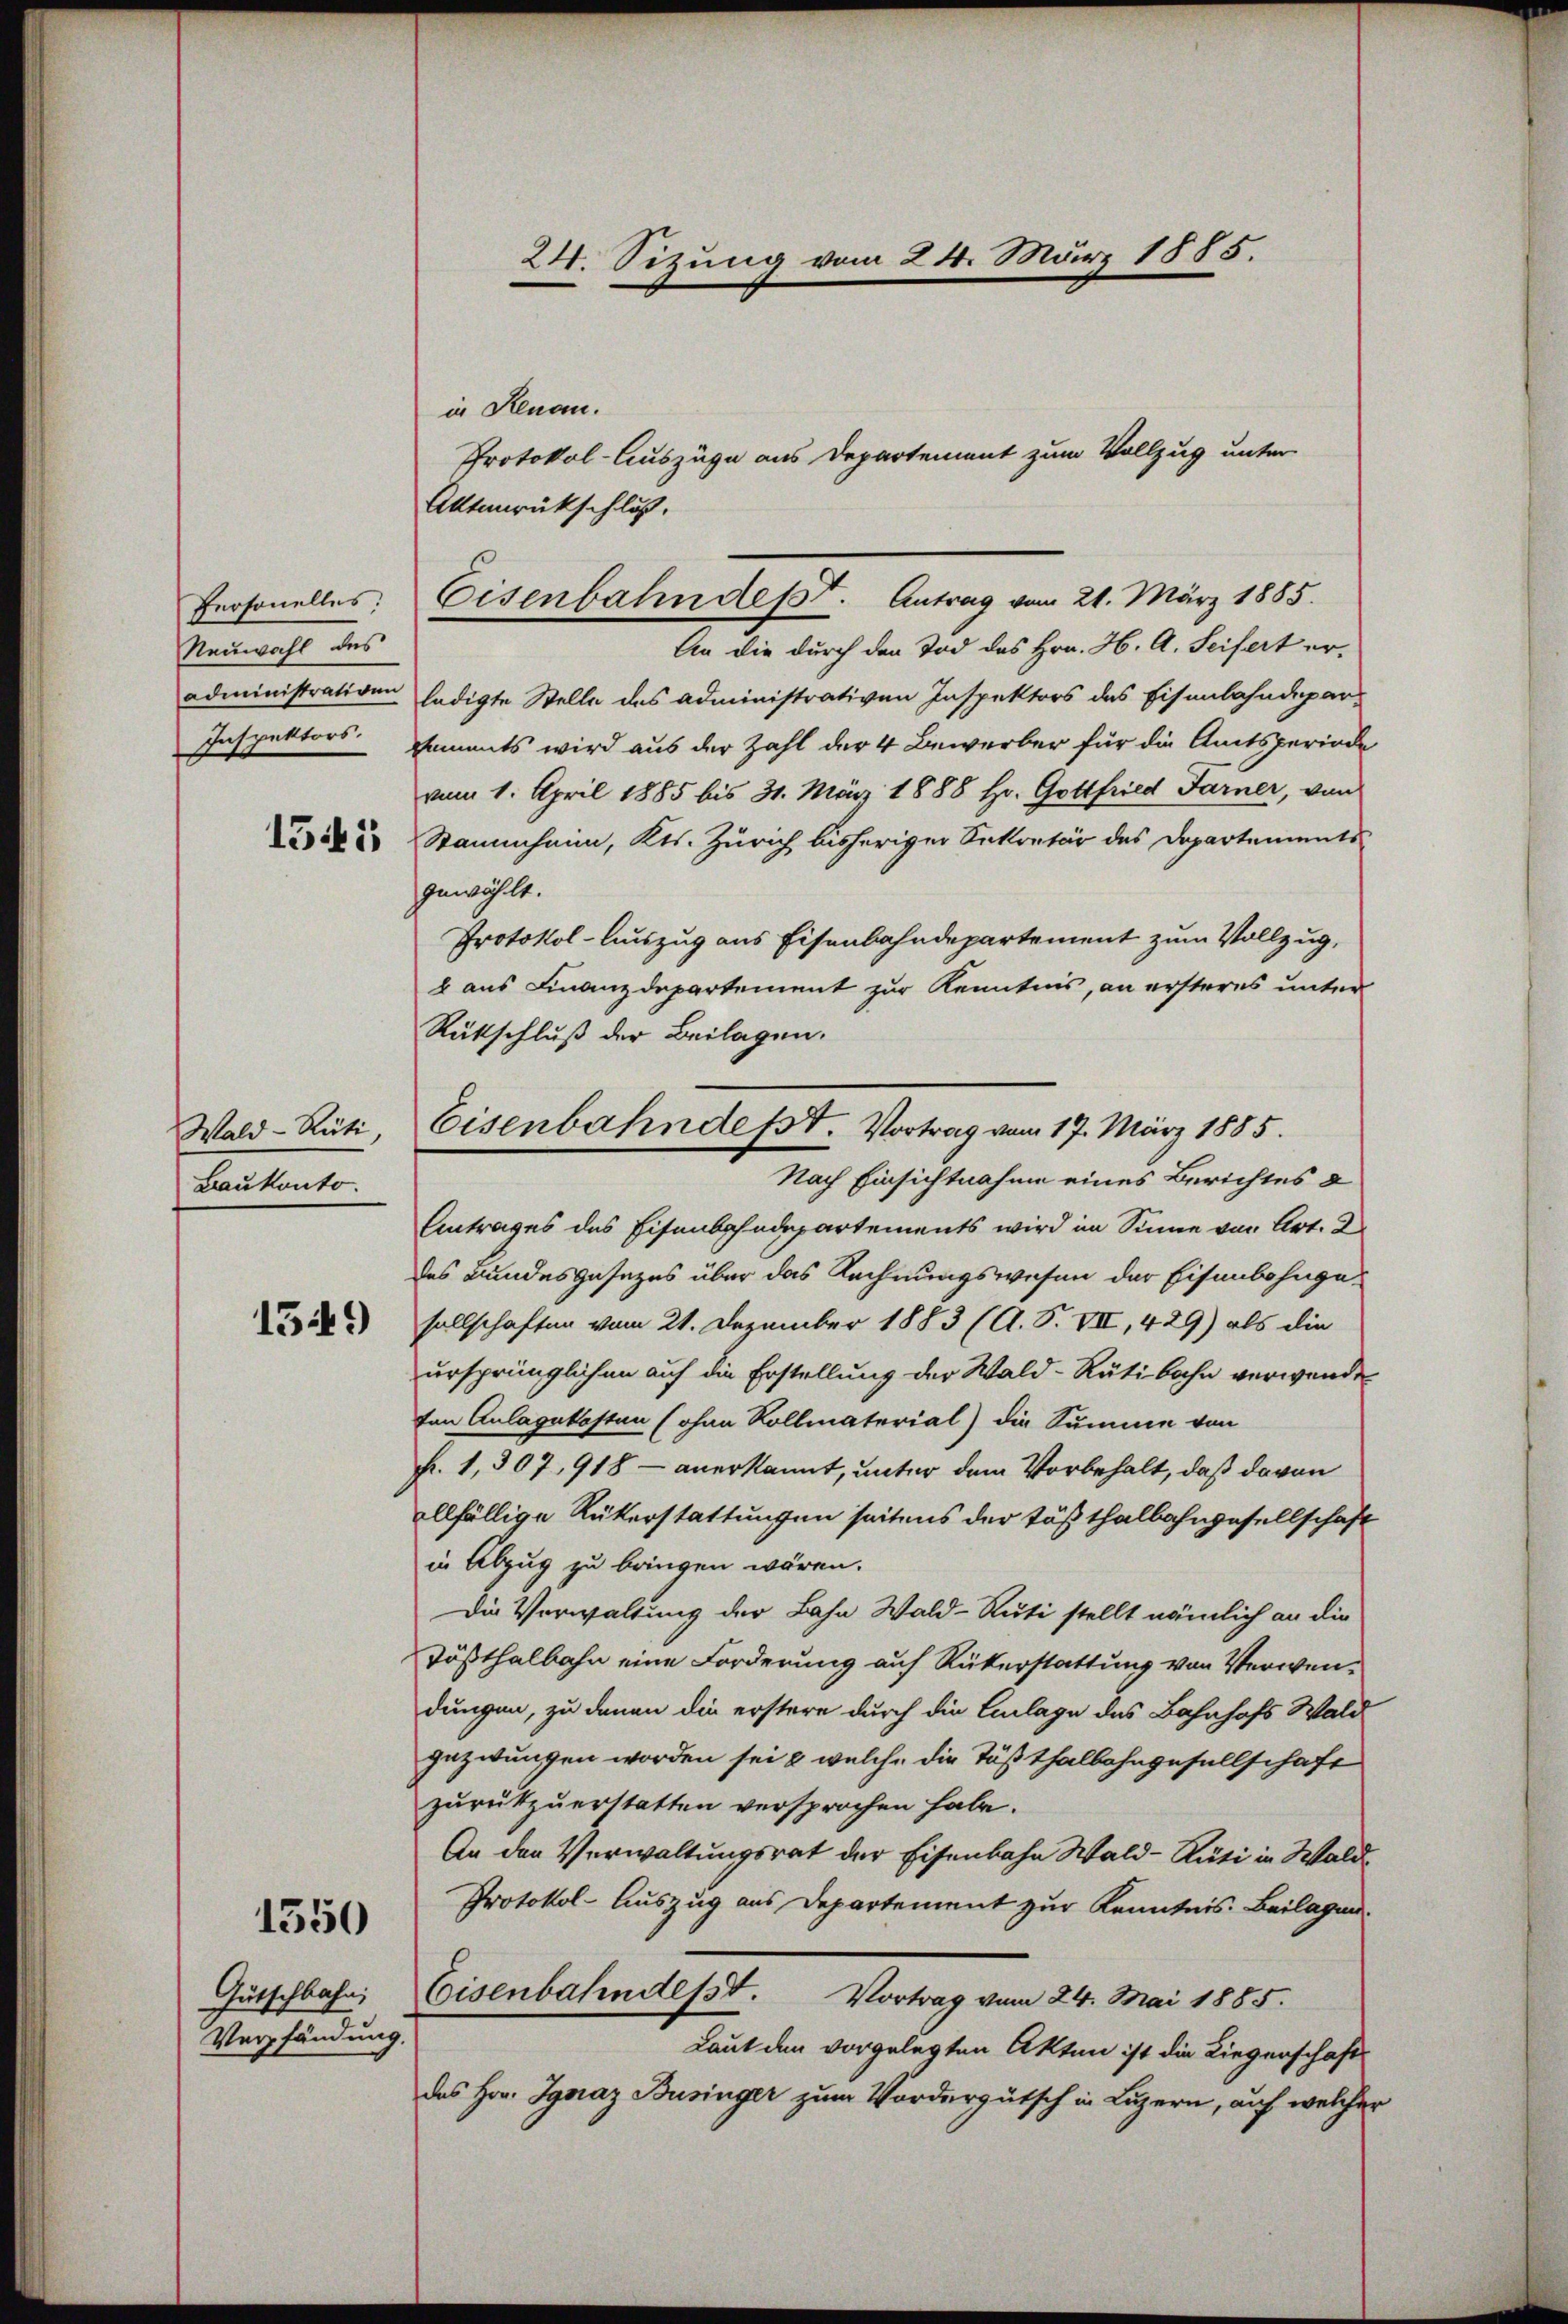
Personelles:
Neuwahl des
administrativen
Inspektors.

1345

Wald–Rüti,
Baukonto.

1549

1550

Gutschbahn
Verpfändung.

24. Sizung vom 24. März 1885.

in Renau.
Protokol-Auszüge aus Departement zum Vollzug unter
Aktenrückschluß.
An die durch den Tod des Hrn. H. A. Seifert erledigte Stelle des administrativen Inspektors des Eisenbahndepar-
Daments wird aus der Zahl der 4 Bewerber für die Amtsperiode
vom 1. April 1885 bis 31. März 1888 Hr. Gottfried Farner, von
Stammhann, Kts. Zürich bisheriger Sekretär des Departementsgewählt.
Protokol-Auszug aus Eisenbahndepartement zum Vollzug,
b aus Finanzdepartement zur Kenntnis, an ersteres unter
Rückschluß der Beilagen.
Antrages des Eisenbahndepartements wird im Sinne von Art. 2
des Bundesgesezes über das Rechnungswesen der Eisenbahngesellschaften vom 21. Dezember 1883 (A. S. VII, 429) als die
ursprünglichen auf die Erstellung der Wald–Rüti bahn verwende
fon Anlagekosten (ohan Rollmaterial) die Summe von
f. 1, 307, 918 - anerkannt, unter dem Vorbehalt, daß davon
allfällige Rükerstattungen seitens der Tößthalbahngesellschaft
in Abzug zu bringen wären.
Die Verwaltung der Bahn Wald–Rüti stellt nämlich an die
Tößthalbahn eine Forderung auf Rükerstattung von Verwendungen, zu denen die erstere durch die Einlage des Bahnhofs Wald
gezwungen worden sei & welche die Tößthalbahngesellschaft
zurückzuerstatten versprochen habe.
An den Verwaltungsrat der Eisenbahn Wald–Rüti in Wald
Protokol-Auszug aus Departement zur Kenntnis. Beilagen.
Eisenbahndesst.
Vortrag vom 24. Mai 1885.
Laut den vorgelegten Akten ist die Liegenschaft
das Hor. Ignaz Businger zum Vordergutsch in Luzern, auf welcher

Eisenbahndet. Antrag vom 21. März 1885.

Eisenbahndet. Vortrag vom 17. März 1885.
Nach Einsichtnahme eines Berichtes &